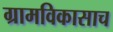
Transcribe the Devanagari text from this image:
ग्रामविकासाच